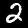
Label: 2